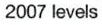
2007 levels